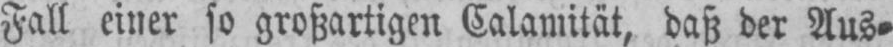
Fall einer so großartigen Calamität, daß der Aus⸗